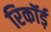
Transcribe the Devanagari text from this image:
रिकॉर्ड़